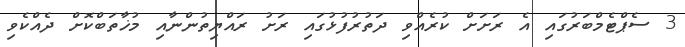
3 ސެޕްޓެމްބަރުގައި އެ ރަށަށް ކުރެއްވި ދަތުރުފުޅުގައި ރަށު ރައްޔިތުންނާއި މުޚާތަބްކޮށް ދެއްކެވި